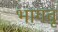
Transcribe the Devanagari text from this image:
भागवू